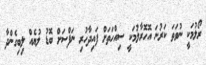
ރޯލުމަކީ ނުވަތަ ކަރުނަ އޮހޮރާލުމަކީ ސިއްހަތަށް ފައިދާހުރި ނަފްސަށް ބޮޑު ލުޔެއް ލިބިގެންދާ